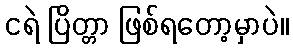
ငရဲ ပြိတ္တာ ဖြစ်ရတော့မှာပဲ။